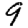
Digit: 9